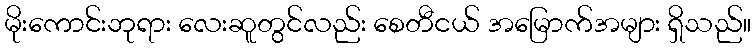
မိုးကောင်းဘုရား လေးဆူတွင်လည်း စေတီငယ် အမြောက်အများ ရှိသည်။